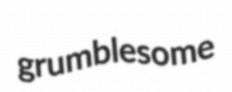
grumblesome